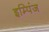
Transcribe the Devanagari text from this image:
इम्पिंज